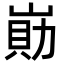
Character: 𡺕